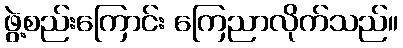
ဖွဲ့စည်းကြောင်း ကြေညာလိုက်သည်။